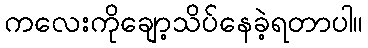
ကလေးကိုချော့သိပ်နေခဲ့ရတာပါ။